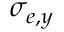
\sigma _ { e , y }